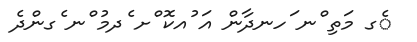
ެގ މަތި ްނ ަހނދާން އަ ުއކޮ ްށ ެދމު ްނ ެގންދެ